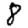
Digit: 8